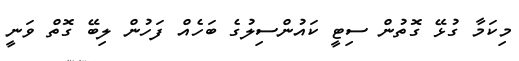
މިކަމާ ގުޅޭ ގޮތުން ސިޓީ ކައުންސިލުގެ ބަހެއް ފަހުން ލިބޭ ގޮތް ވަނީ